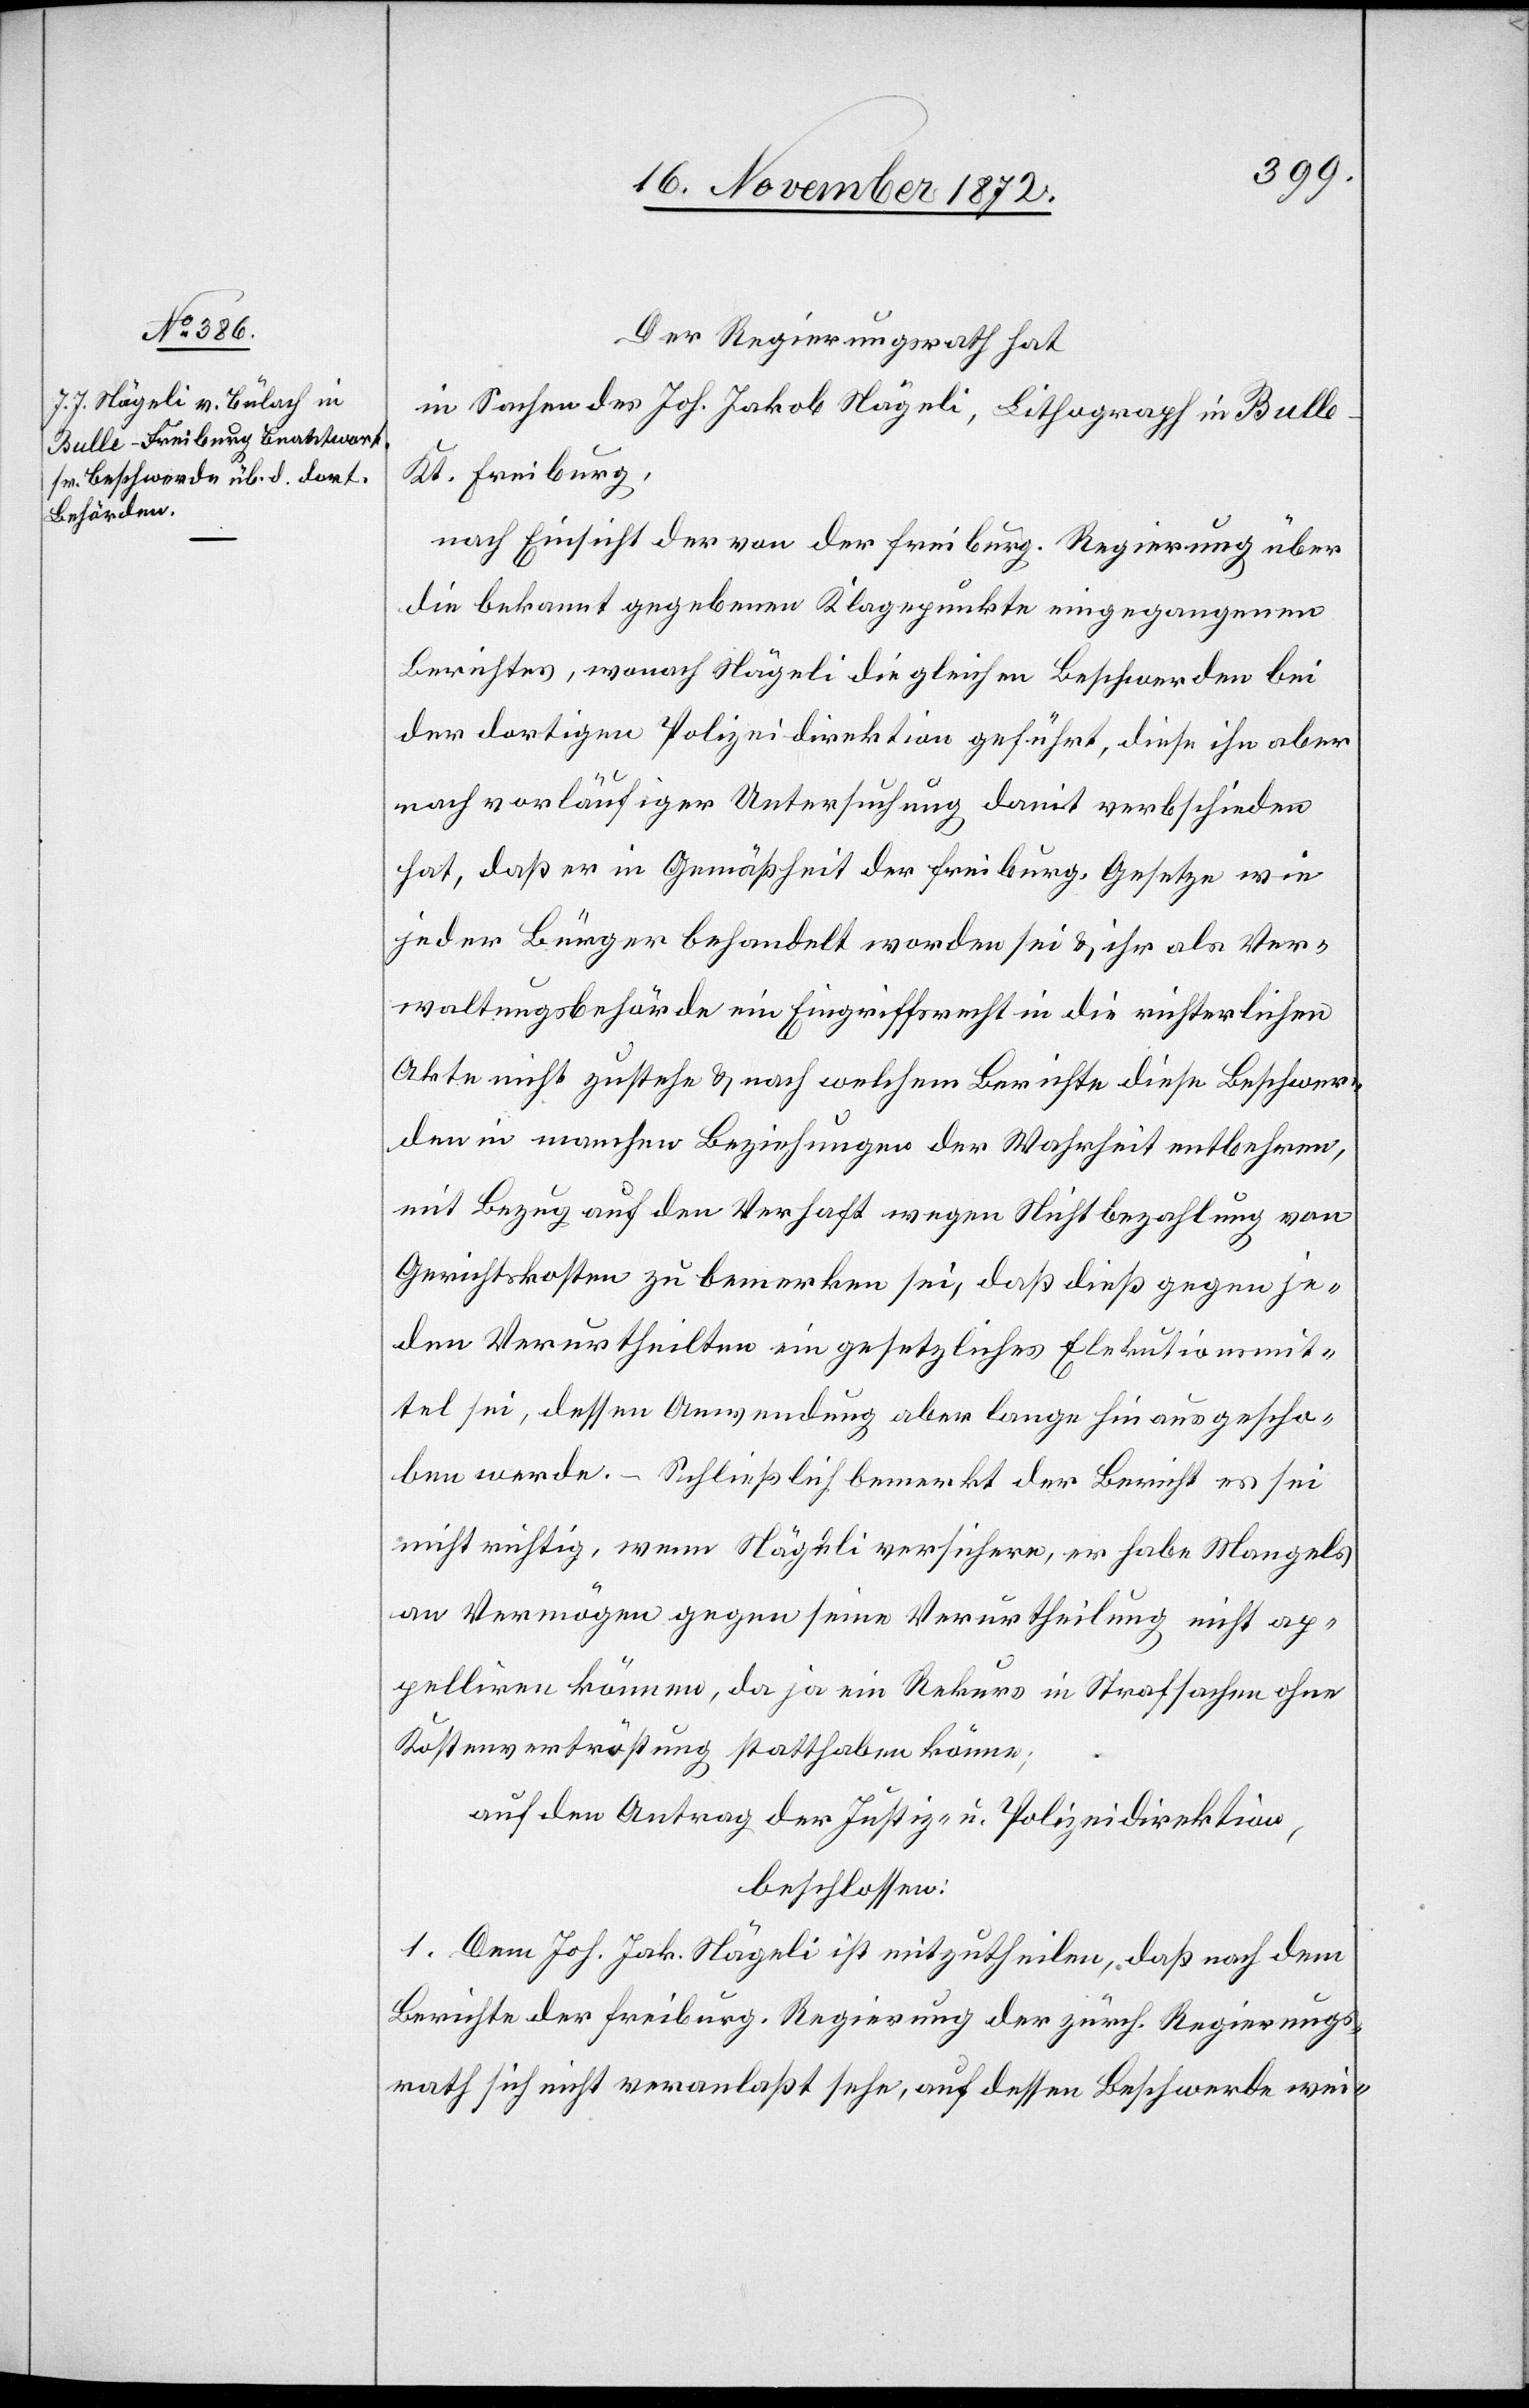
Der Regierungsrath hat
in Sachen des Joh. Jakob Nägeli, Lithograph in Bull¬
e-Kt. Freiburg,
nach Einsicht der von der Freiburg. Regierung über
die bekannt gegebenen Klagepunkte eingegangenen
Berichtes, wonach Nägeli die gleichen Beschwerden bei
der dortigen Polizeidirektion geführt, diese ihn aber
nach vorläufiger Untersuchung damit verbschieden
hat, daß er in Gemäßheit der Freiburg. Gesetze wie
jeder Bürger behandelt worden sei u. ihr als Ver¬
waltungsbehörde ein Eingriffsrecht in die richterlichen
Akte nicht zustehe u. nach welchem Berichte diese Beschwer¬
den in manchen Beziehungen der Wahrheit entbehren,
mit Bezug auf den Verhaft wegen Nichtbezahlung von
Gerichtskosten zu bemerken sei, daß dieß gegen je¬
den Verurtheilten ein gesetzliches Elekutionsmit¬
tel sei, dessen Anwendung aber lange hin ausgeschlos¬
sen werde. – Schließlich bemerkt der Bericht es sei
nicht richtig, wenn Nägeli versichere, er habe Mangels
an Vermögen gegen seine Verurtheilung nicht ap¬
pelliren können, da ja ein Rekurs in Strafsachen ohne
Kostenvertröstung statthaben könne;
auf den Antrag der Justiz- u. Polizeidirektion,
beschlossen:
1. Dem Joh. Jak. Nägeli ist mitzutheilen, daß nach dem
Berichte der freiburg. Regierung der zürch. Regierungs¬
rath sich nicht veranlaßt sehe, auf dessen Beschwerde wei-